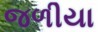
જળીયા